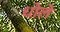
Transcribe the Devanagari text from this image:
धोले